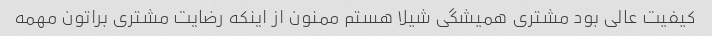
کیفیت عالی بود مشتری همیشگی شیلا هستم ممنون از اینکه رضایت مشتری براتون مهمه